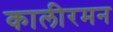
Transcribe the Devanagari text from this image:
कालीरमन